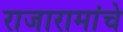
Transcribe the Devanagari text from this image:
राजारामांचे